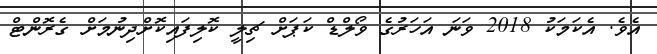
އެވެ. އެކަމަކު 2018 ވަނަ އަހަރުގެ ވޯލްޑް ކަޕަށް ޗިލީ ކޮލިފައިކޮށްދިނުމަށް ގެރޮންޓް